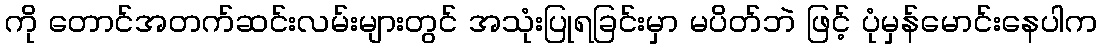
ကို တောင်အတက်ဆင်းလမ်းများတွင် အသုံးပြုရခြင်းမှာ မပိတ်ဘဲ ဖြင့် ပုံမှန်မောင်းနေပါက